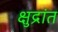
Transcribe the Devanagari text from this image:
क्षुद्रांत